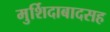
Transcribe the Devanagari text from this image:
मुर्शिदाबादसह